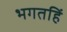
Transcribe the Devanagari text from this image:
भगतहिं